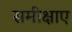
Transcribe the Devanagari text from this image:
समीक्षाए